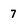
Character: 7